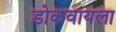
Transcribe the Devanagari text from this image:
डोकवायला